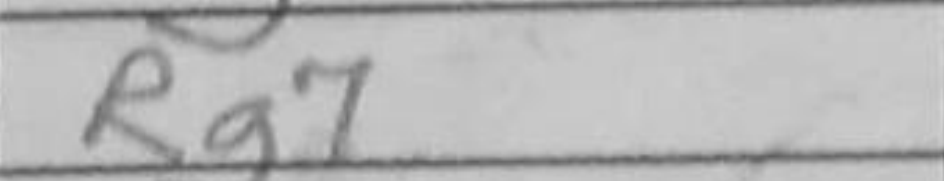
Transcription: Rg7